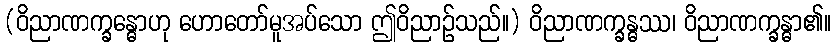
(ဝိညာဏက္ခန္ဓောဟု ဟောတော်မူအပ်သော ဤဝိညာဉ်သည်။) ဝိညာဏက္ခန္ဓဿ၊ ဝိညာဏက္ခန္ဓာ၏။